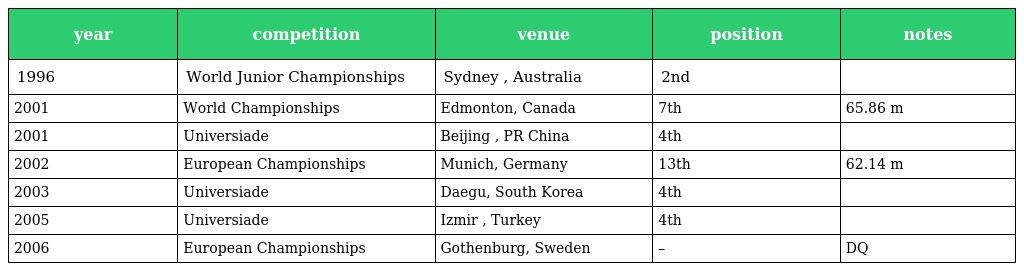
| year | competition | venue | position | notes |
 | --- | --- | --- | --- | --- |
 | 1996 | World Junior Championships | Sydney , Australia | 2nd |  |
 | 2001 | World Championships | Edmonton, Canada | 7th | 65.86 m |
 | 2001 | Universiade | Beijing , PR China | 4th |  |
 | 2002 | European Championships | Munich, Germany | 13th | 62.14 m |
 | 2003 | Universiade | Daegu, South Korea | 4th |  |
 | 2005 | Universiade | Izmir , Turkey | 4th |  |
 | 2006 | European Championships | Gothenburg, Sweden | – | DQ |